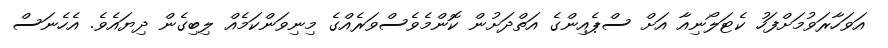
އަވަހާރަވުމަށްފަހު ކެޓަލޯނިއާ އަށް ސްޕެއިންގެ އަތްދަށުން ކޮންމެވެސްވަރެއްގެ މިނިވަންކަމެއް ލިބިގެން ދިޔައެވެ. އެހެނަސް